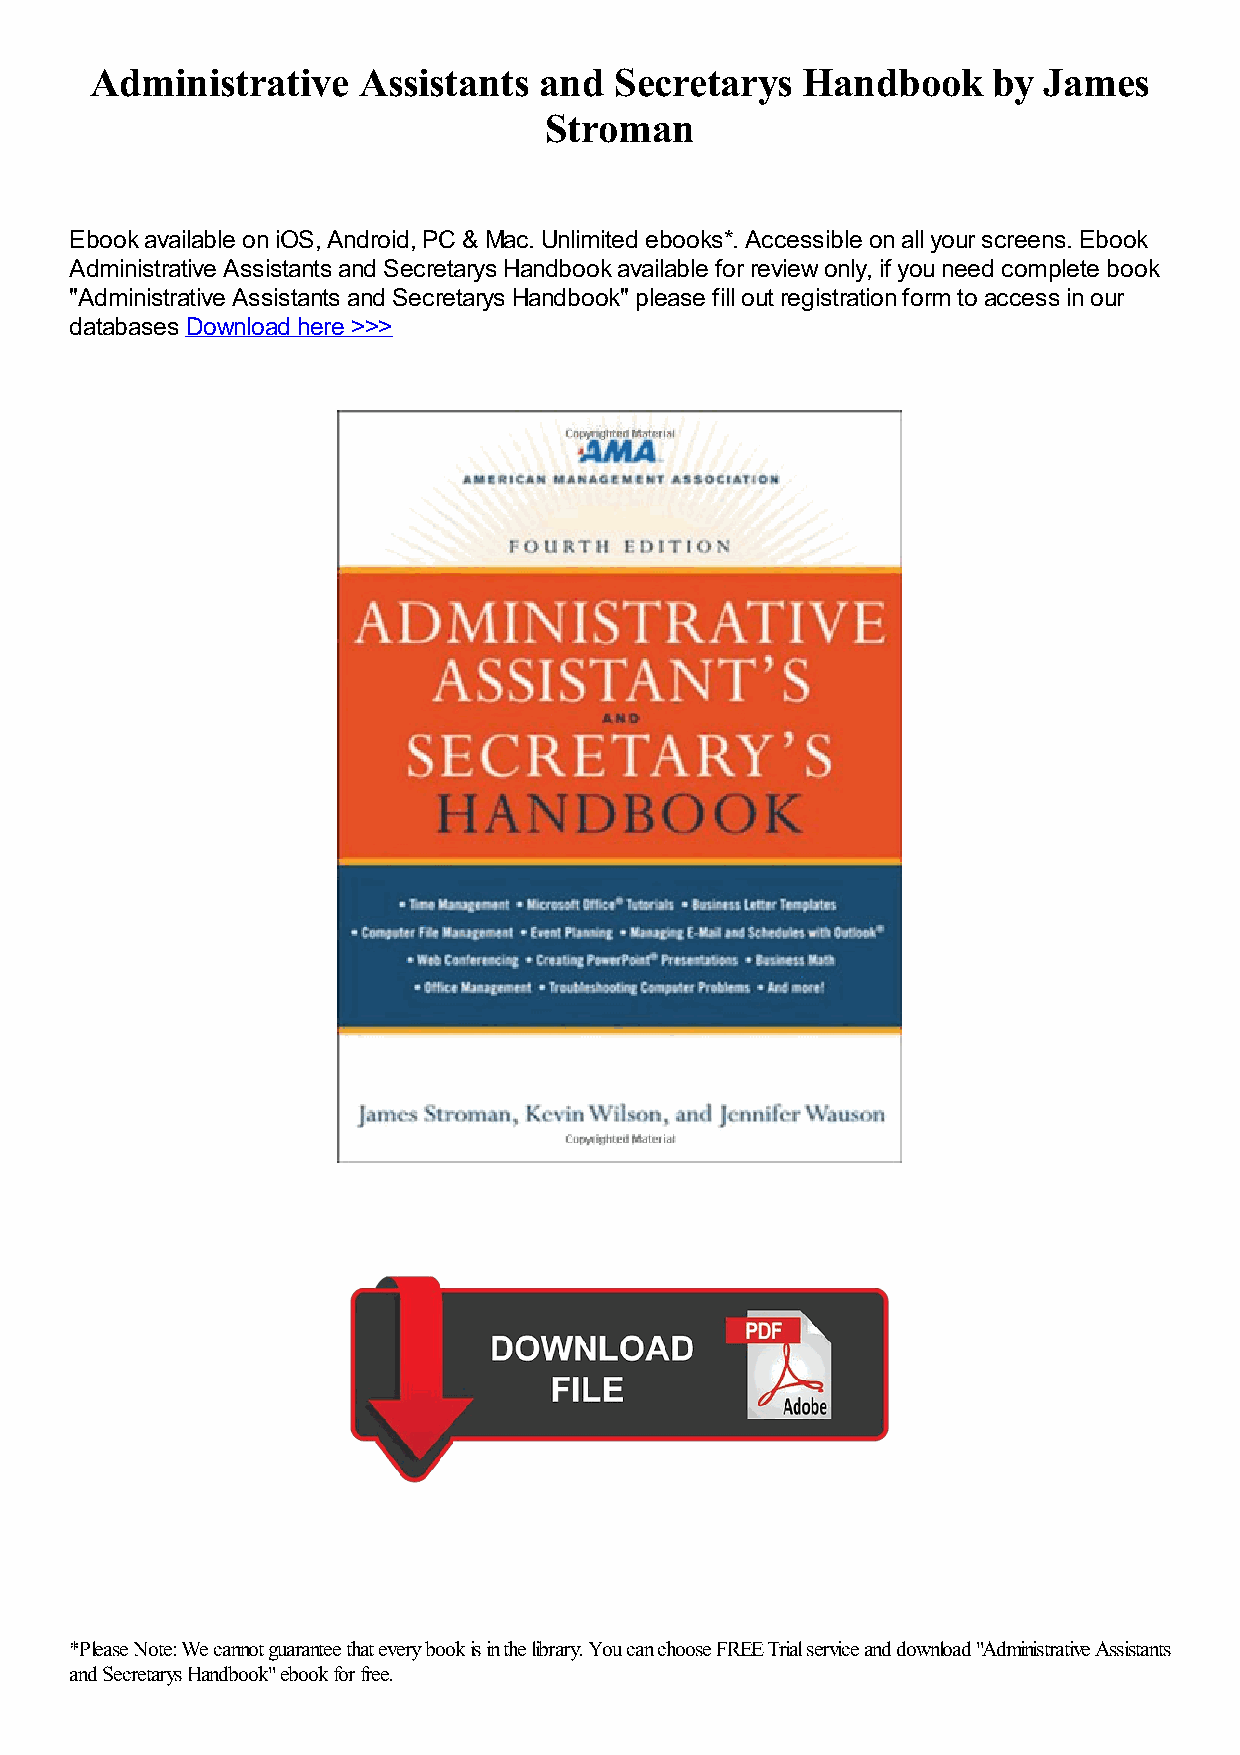
Administrative    Assistants  and  Secretarys  Handbook     by James
 Stroman
 Ebook available on iOS, Android, PC & Mac. Unlimited ebooks*. Accessible on all your screens. Ebook
 Administrative Assistants and Secretarys Handbook available for review only, if you need complete book
 "Administrative Assistants and Secretarys Handbook" please fill out registration form to access in our
 databases Download here >>>
 *Please Note: We cannot guarantee that every book is in the library. You can choose FREE Trial service and download "Administrative Assistants
 and Secretarys Handbook" ebook for free.